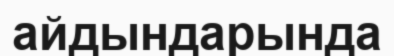
айдындарында